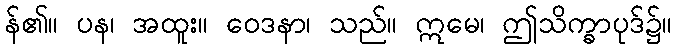
န်၏။ ပန၊ အထူး။ ဝေဒနာ၊ သည်။ ဣမေ၊ ဤသိက္ခာပုဒ်၌။